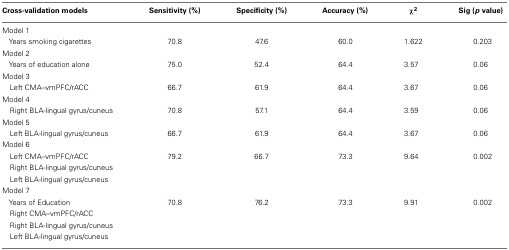
<table><thead><tr><td><b>Cross-validation models</b></td><td><b>Sensitivity (%)</b></td><td><b>Specificity (%)</b></td><td><b>Accuracy (%)</b></td><td><b>χ<sup>2</sup></b></td><td><b>Sig (<i>p</i> value)</b></td></tr></thead><tbody><tr><td>Model 1</td></tr><tr><td> Years smoking cigarettes</td><td>70.8</td><td>47.6</td><td>60.0</td><td>1.622</td><td>0.203</td></tr><tr><td>Model 2</td></tr><tr><td> Years of education alone</td><td>75.0</td><td>52.4</td><td>64.4</td><td>3.57</td><td>0.06</td></tr><tr><td>Model 3</td></tr><tr><td> Left CMA–vmPFC/rACC</td><td>66.7</td><td>61.9</td><td>64.4</td><td>3.67</td><td>0.06</td></tr><tr><td>Model 4</td></tr><tr><td> Right BLA-lingual gyrus/cuneus</td><td>70.8</td><td>57.1</td><td>64.4</td><td>3.59</td><td>0.06</td></tr><tr><td>Model 5</td></tr><tr><td> Left BLA-lingual gyrus/cuneus</td><td>66.7</td><td>61.9</td><td>64.4</td><td>3.67</td><td>0.06</td></tr><tr><td>Model 6</td></tr><tr><td> Left CMA–vmPFC/rACC</td><td>79.2</td><td>66.7</td><td>73.3</td><td>9.64</td><td>0.002</td></tr><tr><td> Right BLA-lingual gyrus/cuneus</td><td></td></tr><tr><td> Left BLA-lingual gyrus/cuneus</td><td></td></tr><tr><td>Model 7</td></tr><tr><td> Years of Education</td><td>70.8</td><td>76.2</td><td>73.3</td><td>9.91</td><td>0.002</td></tr><tr><td> Right CMA–vmPFC/rACC</td><td></td></tr><tr><td> Right BLA-lingual gyrus/cuneus</td><td></td></tr><tr><td> Left BLA-lingual gyrus/cuneus</td><td></td></tr></tbody></table>